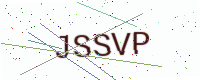
Text: JSSVP